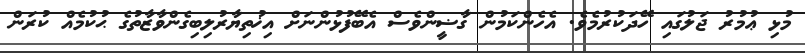
މުޅި ޢުމުރު ޖަލުގައި ހޭދަކުރުމެވެ. އެހެންކަމުން ގާޟީންވެސް އެބޭފުޅުންނަށް އިޚުތިޔާރުލިބިގެންވާޒާތުގެ ޙުކުމެއް ކުރަން